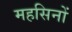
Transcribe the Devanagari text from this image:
महसिनों